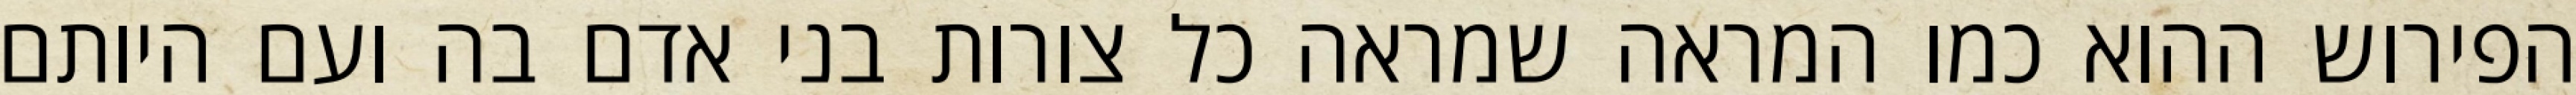
הפירוש ההוא כמו המראה שמראה כל צורות בני אדם בה ועם היותם